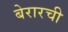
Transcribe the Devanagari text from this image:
बेरारची